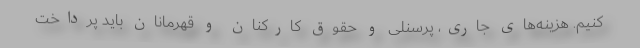
کنیم. هزینه‌های جاری، پرسنلی و حقوق کارکنان و قهرمانان باید پرداخت